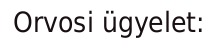
Orvosi ügyelet: